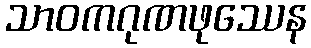
သာဝကဂုဏဖုဿေန